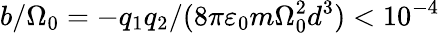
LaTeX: b/\Omega_{0}=-q_{1}q_{2}/(8\pi\varepsilon_{0}m\Omega_{0}^{2}d^{3})<10^{-4}